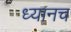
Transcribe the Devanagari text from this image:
ध्यानच